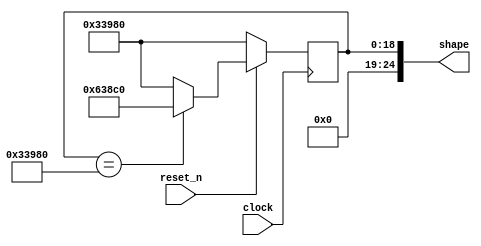
module pellet_shaper(clock, reset_n, shape);

    input clock, reset_n;
    output [24:0] shape;

    reg [24:0] next_ani;
	 
	 localparam  ANI_0 = 25'b0000000110011100110000000,
                ANI_1 = 25'b0000001100011100011000000;
	 
	 initial next_ani <= ANI_0;
	 
    assign shape = next_ani;

    always @(posedge clock) begin
        if(!reset_n) begin
            next_ani <= ANI_0;
        end
        else begin
            next_ani <= next_ani == ANI_0 ? ANI_1 : ANI_0;
        end
    end
endmodule